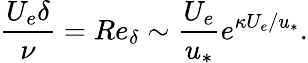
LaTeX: \frac{U_{e}\delta}{\nu}=Re_{\delta}\sim\frac{U_{e}}{u_{*}}e^{\kappa U_{e}/u_{*}}.